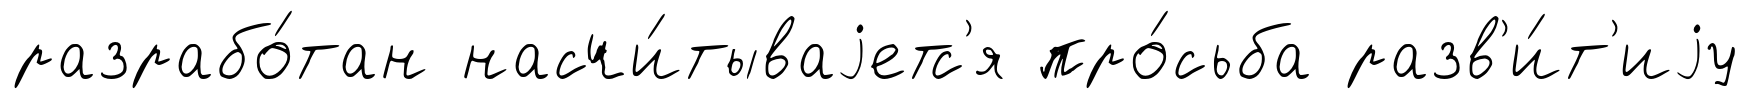
разрабо́тан насчи́тываjетс'я про́сьба разв'и́т'иjу